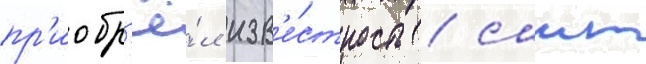
пр'иобр'ё́л изв'е́стность / саит